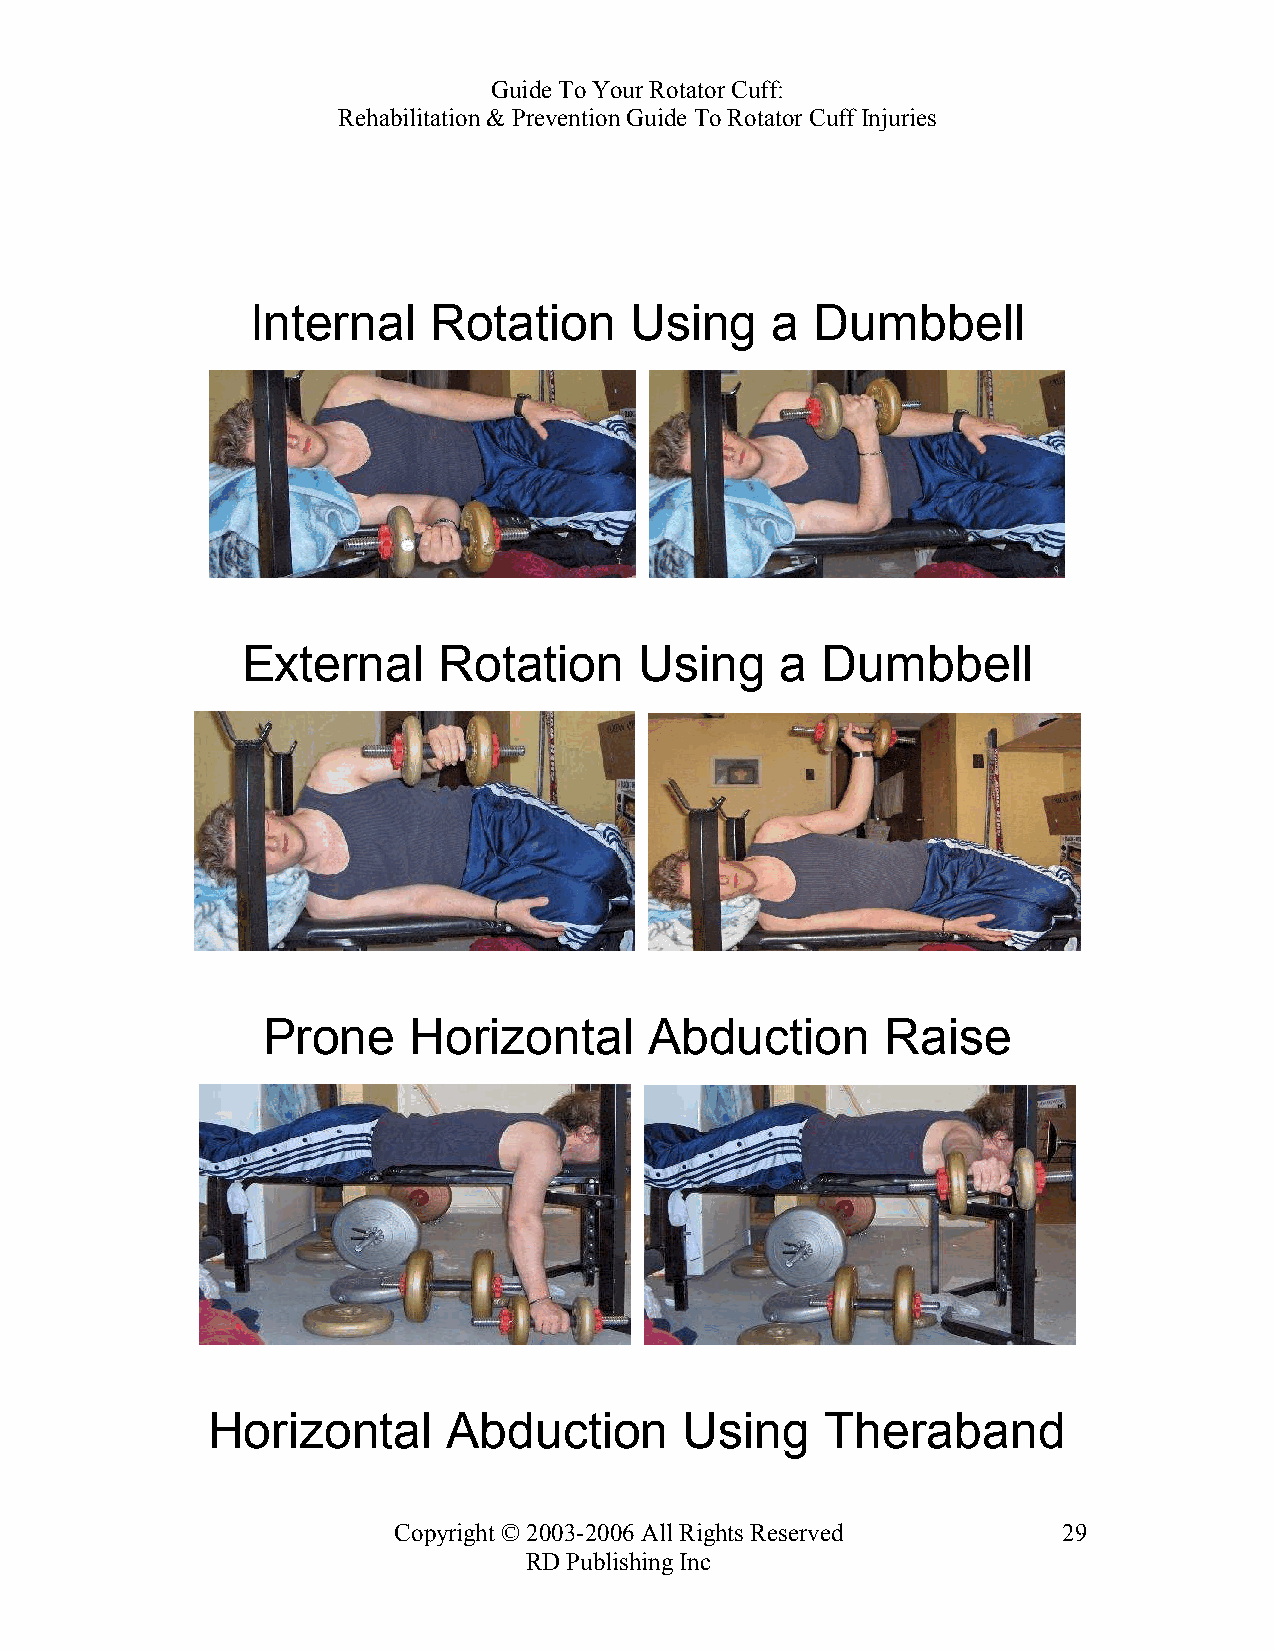
Guide To Your Rotator Cuff:
 Rehabilitation & Prevention Guide To Rotator Cuff Injuries
 Internal    Rotation     Using    a  Dumbbell
 External     Rotation     Using     a Dumbbell
 Prone     Horizontal      Abduction       Raise
 Horizontal      Abduction      Using     Theraband
 Copyright © 2003-2006 All Rights Reserved   29
 RD Publishing Inc